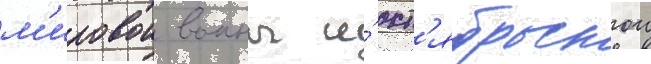
м'ировои воины и́ окт'ябрьскои